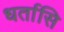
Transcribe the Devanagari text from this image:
धर्तासि